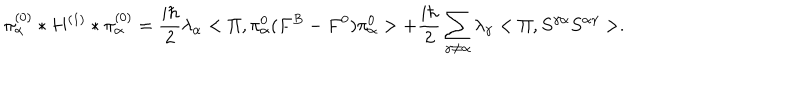
\pi _ { \alpha } ^ { ( 0 ) } * H ^ { ( 1 ) } * \pi _ { \alpha } ^ { ( 0 ) } = \frac { i \hbar } { 2 } \lambda _ { \alpha } < \Pi , \pi _ { \alpha } ^ { 0 } ( F ^ { B } - F ^ { 0 } ) \pi _ { \alpha } ^ { 0 } > + \frac { i \hbar } { 2 } \sum _ { \gamma \neq \alpha } \lambda _ { \gamma } < \Pi , S ^ { \gamma \alpha } S ^ { \alpha \gamma } > .